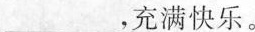
___，充满快乐。